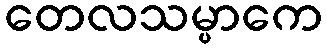
တေလသမ္ပာကေ